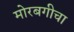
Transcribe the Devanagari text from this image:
मोरबगीचा